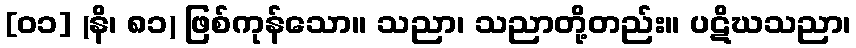
[၀၁] (နိ၊ ၈၁) ဖြစ်ကုန်သော။ သညာ၊ သညာတို့တည်း။ ပဋိဃသညာ၊